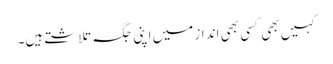
کہیں بھی کسی بھی انداز میں اپنی جگہ تلاشتے ہیں۔